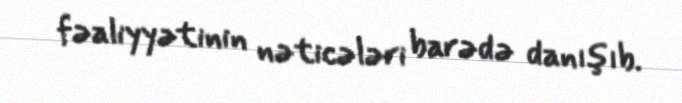
fəaliyyətinin nəticələri barədə danışıb.